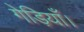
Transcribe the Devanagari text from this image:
गेड़ियाँ।